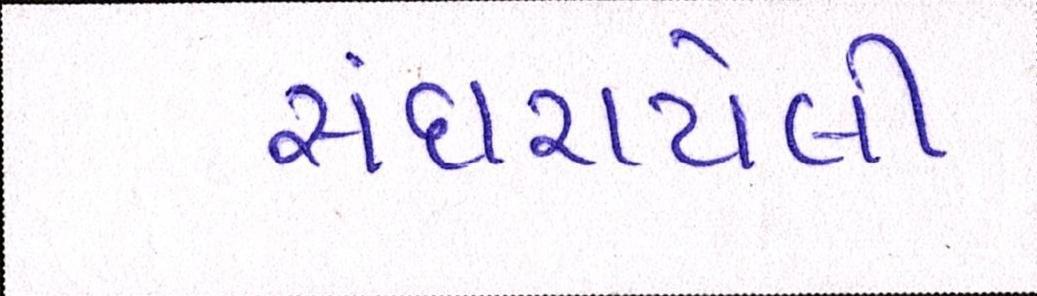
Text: સંઘરાયેલી